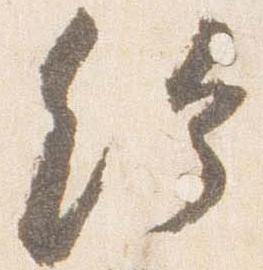
給